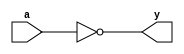
// This program was cloned from: https://github.com/Aryavardhan37/Verilog_codes
// License: MIT License

module not_gate(a,y);
input a;
output y;
not(y,a);
endmodule